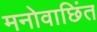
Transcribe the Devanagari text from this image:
मनोवाछिंत